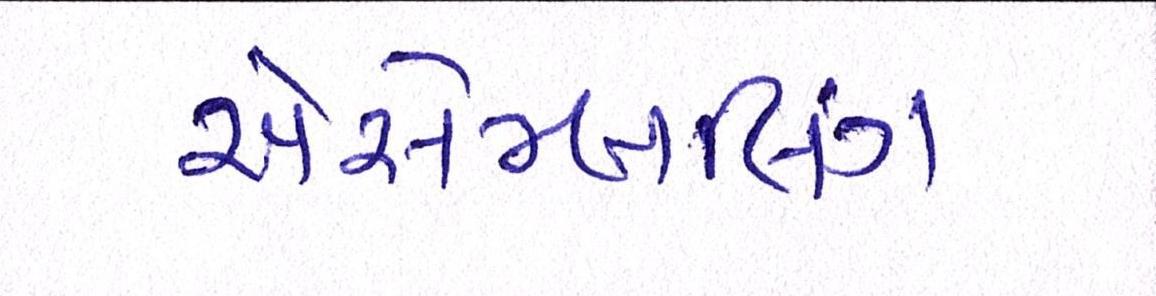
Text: એસેમ્બલિંગ